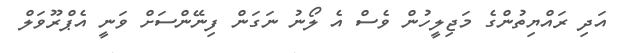
އަދި ރައްޔިތުންގެ މަޖިލީހުން ވެސް އެ ލޯނު ނަގަން ފިނޭންސަށް ވަނީ އެޕްރޫވަލް